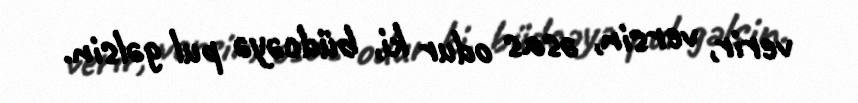
verir, versin, əsas odur ki, büdcəyə pul gəlsin.